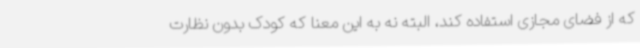
که از فضای مجازی استفاده کند، البته نه به این معنا که کودک بدون نظارت